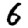
Digit: 6